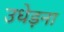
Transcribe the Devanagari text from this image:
उधेड़ना